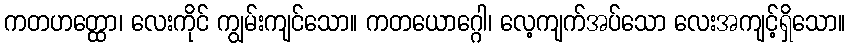
ကတဟတ္ထော၊ လေးကိုင် ကျွမ်းကျင်သော။ ကတယောဂ္ဂေါ၊ လေ့ကျက်အပ်သော လေးအကျင့်ရှိသော။